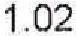
1.02